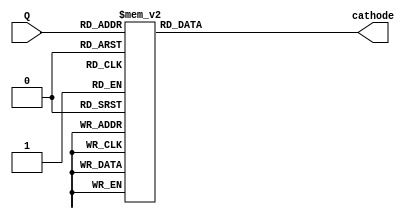
`timescale 1ns / 1ps

module ssd_driver(cathode, Q);
    input [3:0] Q;
    output [6:0] cathode;
    
    reg [6:0] cathode;
    
    always @ (Q) begin
        case(Q)
            4'b0000: cathode <= 7'b0000001;
            4'b0001: cathode <= 7'b1001111;
            4'b0010: cathode <= 7'b0010010;
            4'b0011: cathode <= 7'b0000110;
            4'b0100: cathode <= 7'b1001100;
            4'b0101: cathode <= 7'b0100100;
            4'b0110: cathode <= 7'b0100000;
            4'b0111: cathode <= 7'b0001111;
            4'b1000: cathode <= 7'b0000000;
            4'b1001: cathode <= 7'b0000100;
            4'b1010: cathode <= 7'b0001000;
            4'b1011: cathode <= 7'b1100000;
            4'b1100: cathode <= 7'b1110010;
            4'b1101: cathode <= 7'b1000010;
            4'b1110: cathode <= 7'b0110000;
            4'b1111: cathode <= 7'b0111000;
            default cathode <= 7'b1111111;
        endcase
    end
endmodule